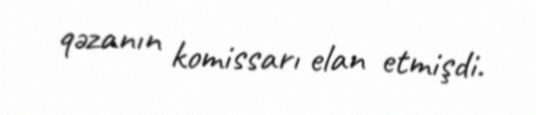
qəzanın komissarı elan etmişdi.